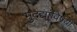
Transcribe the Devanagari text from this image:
मुद्द्यांविषयी